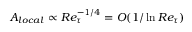
A _ { l o c a l } \propto R e _ { \tau } ^ { - 1 / 4 } = O ( 1 / \ln R e _ { \tau } )